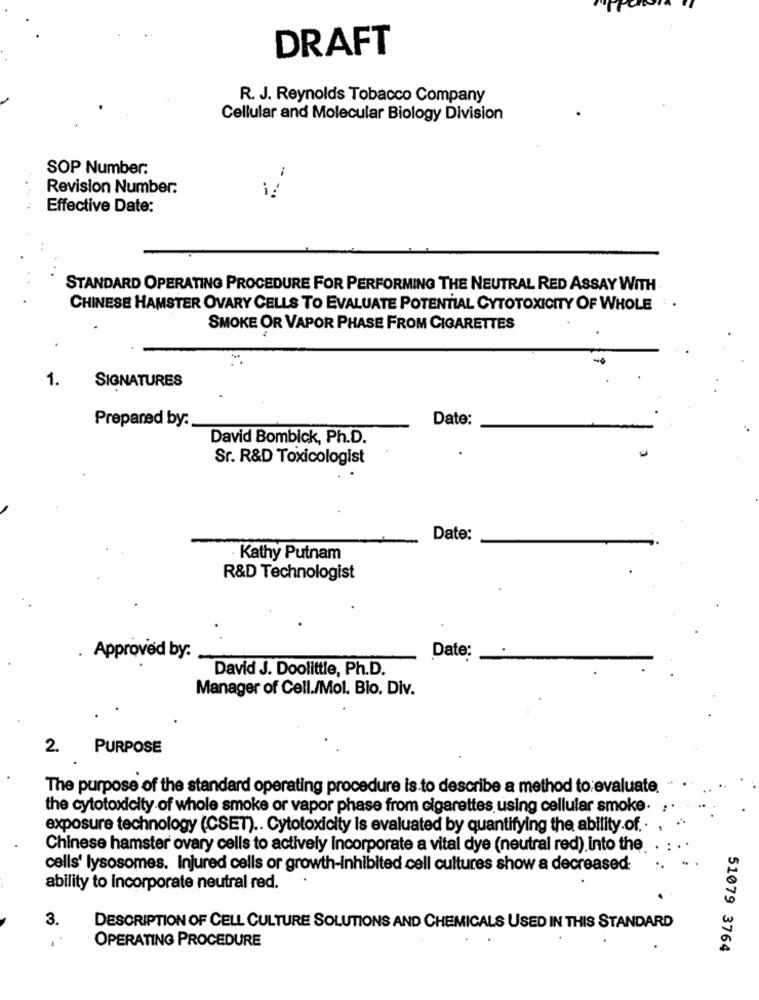
DRAFT
R. J. Reynolds Tobacco Company
Cellular and Molecular Biology Division
SOP Number:
Revision Number:
Effective Date:
STANDARD OPERATING PROCEDURE FOR PERFORMING THE NEUTRAL RED ASSAY WITH
CHINESE HAMSTER OVARY CELLS TO EVALUATE POTENTIAL CYTOTOXICITY OF WHOLE
SMOKE OR VAPOR PHASE FROM CIGARETTES
1.
SIGNATURES
Prepared by:
Date:
David Bombick, Ph.D.
Sr. R&D Toxicologist
Date:
Kathy Putnam
R&D Technologist
. Approved by:
Date:
David J. Doolittle, Ph.D.
Manager of Cell./Mol. Bio. Div.
2.
PURPOSE
The purpose of the standard operating procedure is to describe a method to evaluate.
the cytotoxicity of whole smoke or vapor phase from cigarettes using cellular smoke.
exposure technology (CSET) .. Cytotoxicity is evaluated by quantifying the ability.of ..
Chinese hamster ovary cells to actively incorporate a vital dye (neutral red). into the
cells' lysosomes. Injured cells or growth-inhibited cell cultures show a decreased-
ability to incorporate neutral red.
3.
DESCRIPTION OF CELL CULTURE SOLUTIONS AND CHEMICALS USED IN THIS STANDARD
OPERATING PROCEDURE
51079 3764